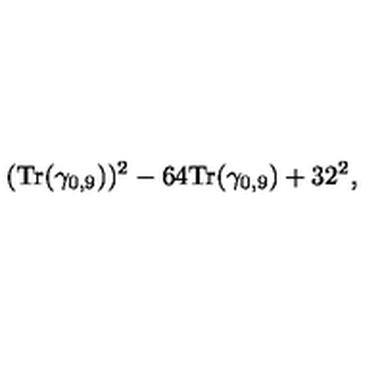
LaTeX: ( { \mathrm { T r } } ( \gamma _ { 0 , 9 } ) ) ^ { 2 } - 6 4 { \mathrm { T r } } ( \gamma _ { 0 , 9 } ) + 3 2 ^ { 2 } ,